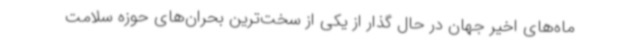
ماه‌های اخیر جهان در حال گذار از یکی از سخت‌ترین بحران‌های حوزه سلامت